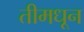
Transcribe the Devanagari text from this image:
तीमधून